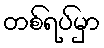
တစ်ရပ်မှာ